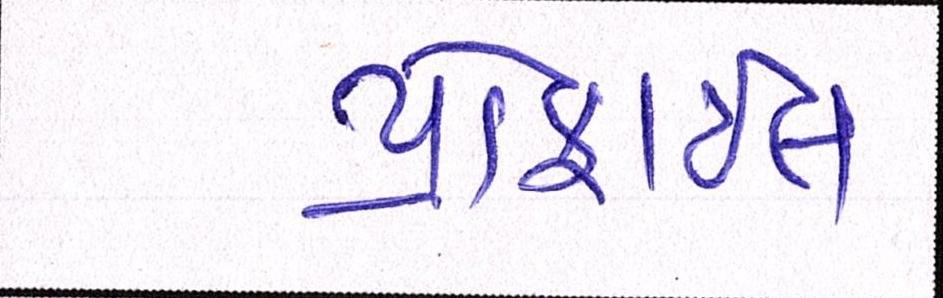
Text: પ્રોફાઇલ